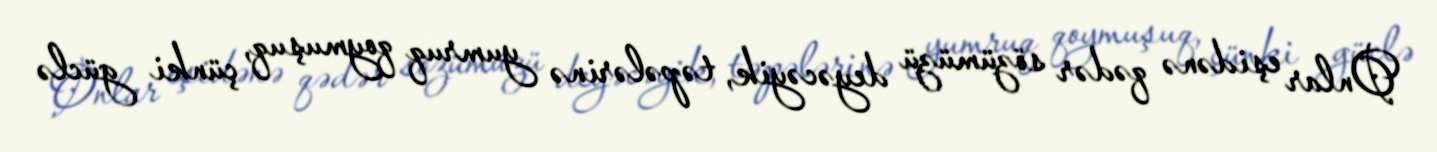
Onlar eşidənə qədər sözümüzü deyəcəyik, təpələrinə yumruq qoymuşuq, çünki güclə